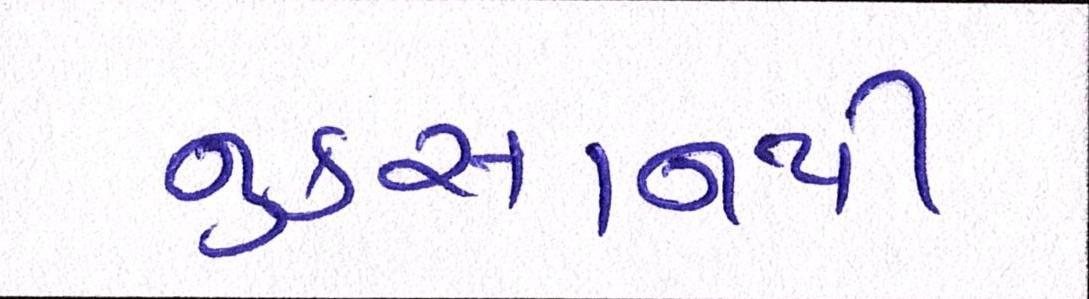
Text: નુકસાનથી